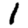
Digit: 1